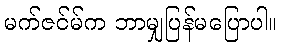
မက်ဇင်မ်က ဘာမျှပြန်မပြောပါ။